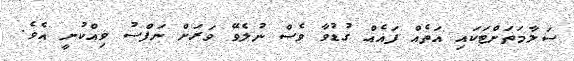
ސަލާމަތަށްޓަކައި އަތެއް ފައެއް ގުޑުވާ ވެސް ނުލެވޭ ވަރަށް ނަފްސު ވިއްކުނީ އެވެ.